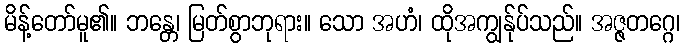
မိန့်တော်မူ၏။ ဘန္တေ၊ မြတ်စွာဘုရား။ သော အဟံ၊ ထိုအကျွန်ုပ်သည်။ အဇ္ဇတဂ္ဂေ၊